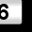
Digit: 6